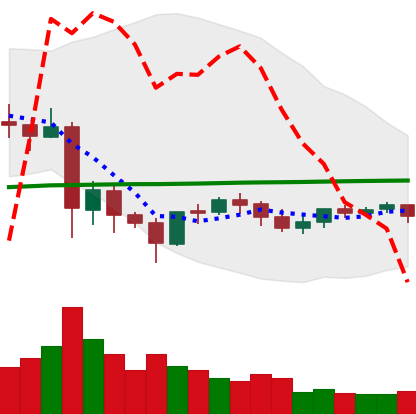
Ticker: LTC-USD
Chart end date: 2021-06-04
Forward return: -3.764%
Label: down_3_5